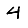
Digit: 4